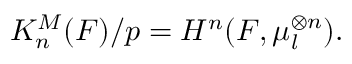
K _ { n } ^ { M } ( F ) / p = H ^ { n } ( F , \mu _ { l } ^ { \otimes n } ) .